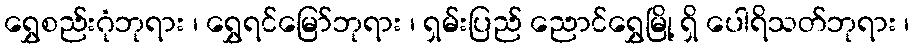
ရွှေစည်းဂုံဘုရား ၊ ရွှေရင်မြော်ဘုရား ၊ ရှမ်းပြည် ညောင်ရွှေမြို့ ရှိ ပေါရိသတ်ဘုရား ၊